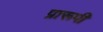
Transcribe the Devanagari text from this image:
प्रारूपी